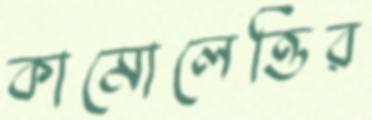
কামোলেত্তির